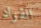
القواد